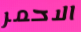
الاحمر